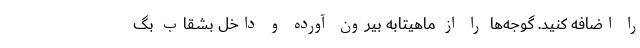
را اضافه کنید. گوجه‌ها را از ماهیتابه بیرون آورده و داخل بشقاب بگ